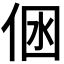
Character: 𠉢